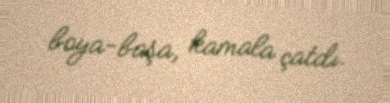
boya-başa, kamala çatdı.